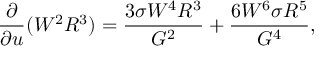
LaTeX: \frac { \partial } { \partial u } ( W ^ { 2 } R ^ { 3 } ) = \frac { 3 \sigma W ^ { 4 } R ^ { 3 } } { G ^ { 2 } } + \frac { 6 W ^ { 6 } \sigma R ^ { 5 } } { G ^ { 4 } } ,